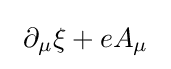
\ \partial _{\mu }\xi +eA_{\mu }~